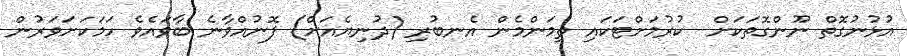
އުޅުނުގޮތް ނޫންގޮތަކަށް  ކުރުމަށްޓަކައި ތިމަންމެން އެނބުރި (ދުނިޔެއަށް) ފޮނުއްވާނެ ބާވައެވެ ހަމަކަށަވަރުން